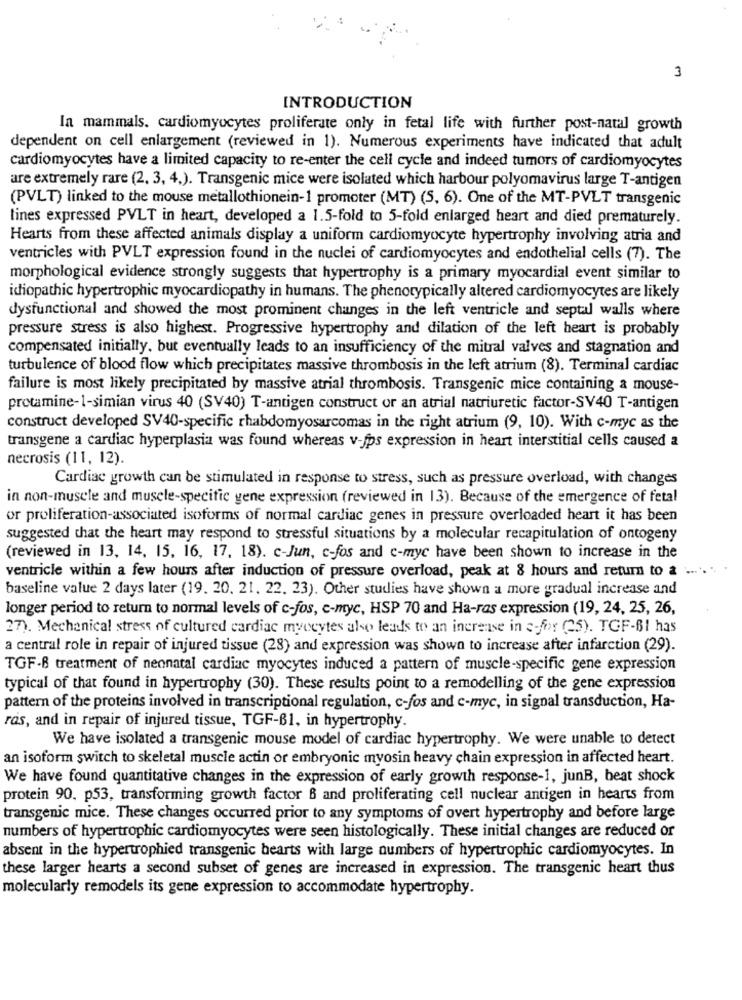
3
INTRODUCTION
In mammals. cardiomyocytes proliferate only in fetal life with further post-natal growth
dependent on cell enlargement (reviewed in 1). Numerous experiments have indicated that adult
cardiomyocytes have a limited capacity to re-enter the cell cycle and indeed tumors of cardiomyocytes
are extremely rare (2, 3, 4,). Transgenic mice were isolated which harbour polyomavirus large T-antigen
(PVLT) linked to the mouse metallothionein-1 promoter (MT) (S, 6). One of the MT-PVLT transgenic
lines expressed PVLT in heart, developed a 1.5-fold to 5-fold enlarged heart and died prematurely.
Hearts from these affected animals display a uniform cardiomyocyte hypertrophy involving atria and
ventricles with PVLT expression found in the nuclei of cardiomyocytes and endothelial cells (7). The
morphological evidence strongly suggests that hypertrophy is a primary myocardial event similar to
idiopathic hypertrophic myocardiopathy in humans. The phenotypically altered cardiomyocytes are likely
dysfunctional and showed the most prominent changes in the left ventricle and septal walls where
pressure stress is also highest. Progressive hypertrophy and dilation of the left heart is probably
compensated initially. but eventually leads to an insufficiency of the mitral valves and stagnation and
turbulence of blood flow which precipitates massive thrombosis in the left atrium (8). Terminal cardiac
failure is most likely precipitated by massive atrial thrombosis. Transgenic mice containing a mouse-
protamine-1-simian virus 40 (SV40) T-antigen construct or an atrial natriuretic factor-SV40 T-antigen
construct developed SV40-specific rhabdomyosarcomas in the right atrium (9, 10). With c-myc as the
transgene a cardiac hyperplasia was found whereas v-fps expression in heart interstitial cells caused 2
necrosis (11, 12).
Cardiac growth can be stimulated in response to stress, such as pressure overload, with changes
in non-muscle and muscle-specific gene expression (reviewed in 13). Because of the emergence of fetal
or proliferation-associated isoforms of normal cardiac genes in pressure overloaded heart it has been
suggested that the heart may respond to stressful situations by a molecular recapitulation of ontogeny
(reviewed in 13, 14, 15, 16, 17, 18). c-Jun, c-fos and c-myc have been shown to increase in the
ventricle within a few hours after induction of pressure overload, peak at 8 hours and return to a ... ...
baseline value 2 days later (19. 20, 21. 22. 23). Other studies have shown a more gradual increase and
longer period to return to normal levels of c-fos, c-myc, HSP 70 and Ha-ras expression (19, 24, 25, 26,
27). Mechanical stress of cultured cardiac myocytes also leads to an increase in 3-fr (25). TGF-61 has
a central role in repair of injured tissue (28) and expression was shown to increase after infarction (29).
TGF-B treatment of neonatal cardiac myocytes induced a pattern of muscle-specific gene expression
typical of that found in hypertrophy (30). These results point to a remodelling of the gene expression
pattern of the proteins involved in transcriptional regulation, c-fos and c-myc, in signal transduction, Ha-
ras, and in repair of injured tissue, TGF-B1, in hypertrophy.
We have isolated a transgenic mouse model of cardiac hypertrophy. We were unable to detect
an isoform switch to skeletal muscle actin or embryonic myosin heavy chain expression in affected heart.
We have found quantitative changes in the expression of early growth response-1, junB, beat shock
protein 90, p53, transforming growth factor 8 and proliferating cell nuclear antigen in hearts from
transgenic mice. These changes occurred prior to any symptoms of overt hypertrophy and before large
numbers of hypertrophic cardiomyocytes were seen histologically. These initial changes are reduced or
absent in the hypertrophied transgenic hearts with large numbers of hypertrophic cardiomyocytes. In
these larger hearts a second subset of genes are increased in expression. The transgenic heart thus
molecularly remodels its gene expression to accommodate hypertrophy.